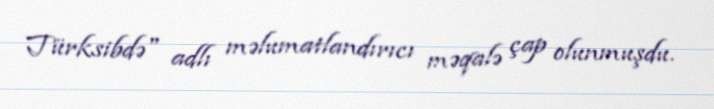
Türksibdə" adlı məlumatlandırıcı məqalə çap olunmuşdu.